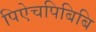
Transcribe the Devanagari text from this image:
पिऐचपिबिबि